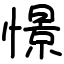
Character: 憬